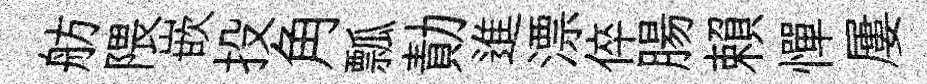
舫隈嵌投角瓢勣進漂倅腸賴憚屢